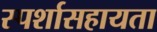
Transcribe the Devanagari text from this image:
स्पर्शासहायता